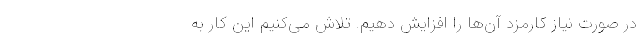
در صورت نیاز کارمزد آن‌ها را افزایش دهیم. تلاش می‌کنیم این کار به